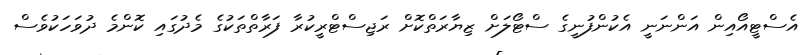
އެސްޓީއޯއިން އަންނަނީ އެކުންފުނީގެ ސްޓޯލަށް ޒިޔާރަތްކޮށް ރަޖިސްޓްރީކުރާ ފަރާތްތަކުގެ މެދުގައި ކޮންމެ ދުވަހަކުވެސް